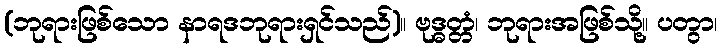
(ဘုရားဖြစ်သော နာရဒဘုရားရှင်သည်)။ ဗုဒ္ဓတ္တံ၊ ဘုရားအဖြစ်သို့။ ပတွာ၊